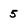
Character: 5